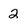
Character: 2